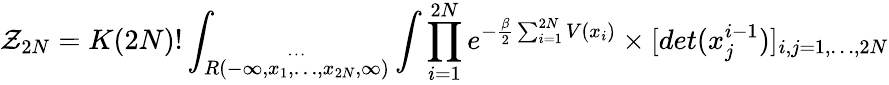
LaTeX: {\cal Z}_{2N}=K(2N)!\int_{\stackrel{\cdots}{R(-\infty,x_{1},\ldots,x_{2N},\infty)}}\int\prod_{i=1}^{2N}e^{-\frac{\beta}{2}\sum_{i=1}^{2N}V(x_{i})}\times[det(x_{j}^{i-1})]_{i,j=1,\ldots,2N}